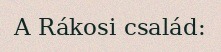
A Rákosi család: